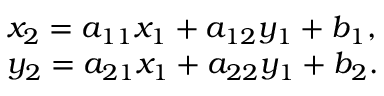
\begin{array} { l } { { x _ { 2 } } = { a _ { 1 1 } } { x _ { 1 } } + { a _ { 1 2 } } { y _ { 1 } } + { b _ { 1 } } , } \\ { { y _ { 2 } } = { a _ { 2 1 } } { x _ { 1 } } + { a _ { 2 2 } } { y _ { 1 } } + { b _ { 2 } } . } \end{array}